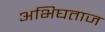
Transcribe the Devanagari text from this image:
अभिघताज